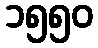
၁၅၅၀